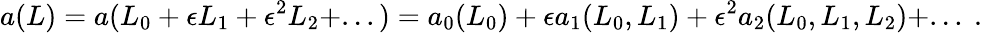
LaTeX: a(L)=a(L_{0}+\epsilon L_{1}+\epsilon^{2}L_{2}+...)=a_{0}(L_{0})+\epsilon a_{1}(L_{0},L_{1})+\epsilon^{2}a_{2}(L_{0},L_{1},L_{2})+...\ .